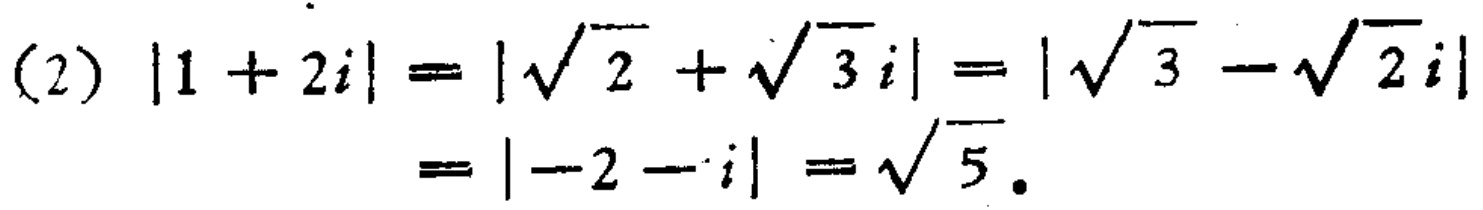
(2) \(|1 + 2i| = |\sqrt{2}+\sqrt{3}i| = |\sqrt{3}-\sqrt{2}i| = |-2 - i|=\sqrt{5}\).